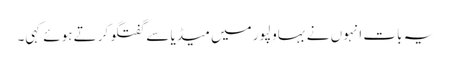
یہ بات انہوں نے بہاولپور میں میڈیا سے گفتگو کرتے ہوئے کہی۔